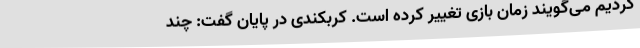
کردیم می‌گویند زمان بازی تغییر کرده است. کربکندی در پایان گفت: چند